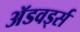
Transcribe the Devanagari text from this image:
ॲडवर्ड्स